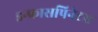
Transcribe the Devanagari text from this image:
इन्फ्रासपिनेटस